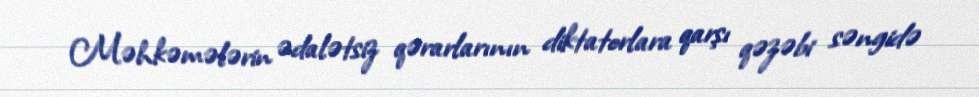
Məhkəmələrin ədalətsiz qərarlarının diktatorlara qarşı qəzəbi səngidə